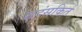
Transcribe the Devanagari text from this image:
सहंसकिर्त